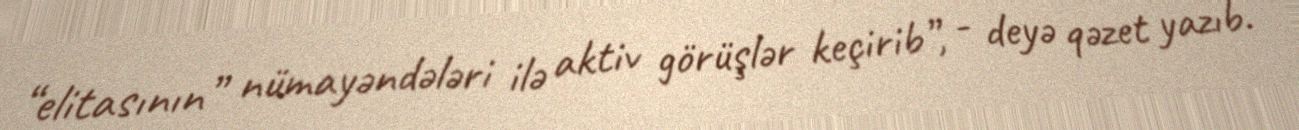
“elitasının” nümayəndələri ilə aktiv görüşlər keçirib”, - deyə qəzet yazıb.